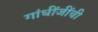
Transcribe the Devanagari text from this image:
गांधींजींची